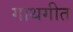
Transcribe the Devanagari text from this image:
गाथगीत